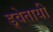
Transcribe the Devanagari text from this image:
ड्वेतायी